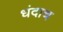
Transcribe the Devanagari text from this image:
धंदाच